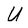
Character: U